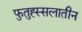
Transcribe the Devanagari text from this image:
फुतुह्स्सलातीन